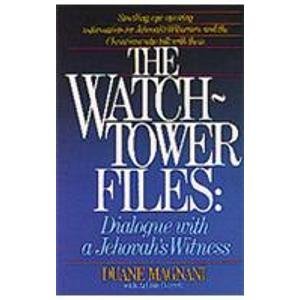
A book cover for The Watchtower Files: Dialogue With a Jehovah's Witness; Art Barrett; Christian Books & Bibles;